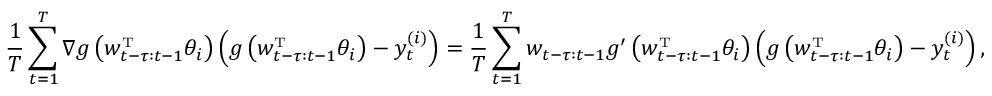
\frac { 1 } { T } \sum _ { t = 1 } ^ { T } \nabla g \left( w _ { t - \tau : t - 1 } ^ { \mathrm { \scriptscriptstyle T } } \theta _ { i } \right) \left( g \left( w _ { t - \tau : t - 1 } ^ { \mathrm { \scriptscriptstyle T } } \theta _ { i } \right) - y _ { t } ^ { ( i ) } \right) = \frac { 1 } { T } \sum _ { t = 1 } ^ { T } w _ { t - \tau : t - 1 } g ^ { \prime } \left( w _ { t - \tau : t - 1 } ^ { \mathrm { \scriptscriptstyle T } } \theta _ { i } \right) \left( g \left( w _ { t - \tau : t - 1 } ^ { \mathrm { \scriptscriptstyle T } } \theta _ { i } \right) - y _ { t } ^ { ( i ) } \right) ,